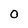
Character: O